Rangoon Lunatic Asylum 1878-1892 - 1878-1892
Year: 1878
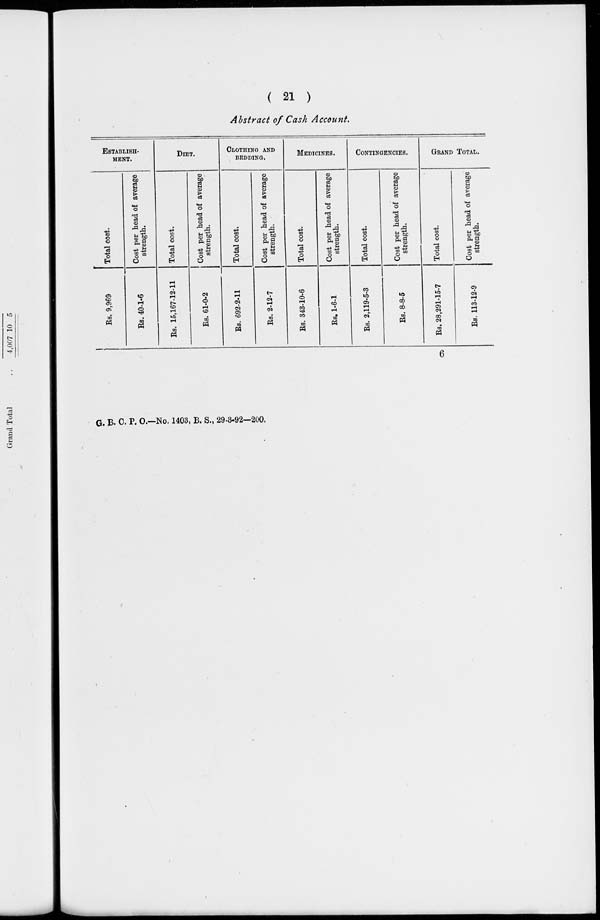
( 21 )
Abstract of Cash Account.
ESTABLISH-
-----
Total cost.
Rs. 9,969
Cost per head of average
strength.
Rs. 40-1-6
DIET.
Total cost.
Rs. 15,167-12-11
Cost per head of average
strength.
Rs. 61-0-2
CLOTHING AND
BEDDING.
Total cost.
Rs. 692-2-11
Cost per head of average
strength.
Rs. 2-12-7
MEDICINES.
Total cost.
Rs. 343-10-6
Cost per head of average
strength.
Rs. 1-6-1
CONTINGENCIES.
Total cost.
Rs. 2,119-5-3
Cost per head of average
strength.
Rs. 8-8-5
GRAND TOTAL.
Total cost.
Rs. 28,291-15-7
Cost per head of average
strength.
Rs. 113-12-9
6
G. B. C. P. O.—No. 1403, B. S., 29-3-92—200.